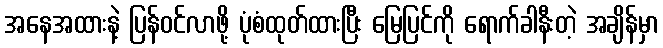
အနေအထားနဲ့ ပြန်ဝင်လာဖို့ ပုံစံထုတ်ထားပြီး မြေပြင်ကို ရောက်ခါနီးတဲ့ အချိန်မှာ